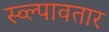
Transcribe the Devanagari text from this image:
स्व्ल्पावतार